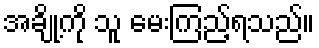
အချို့ကို သူ မေးကြည့်ရသည်။